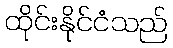
ထိုင်းနိုင်ငံသည်